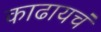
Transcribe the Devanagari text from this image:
काढायचं